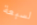
لسبعة